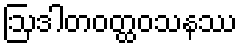
ဩဒါတဝတ္ထဝသနဿ